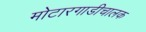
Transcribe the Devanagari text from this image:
मोटारगाडीचालक